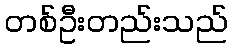
တစ်ဦးတည်းသည်